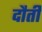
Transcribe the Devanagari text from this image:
दौती